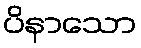
ပိနာသော